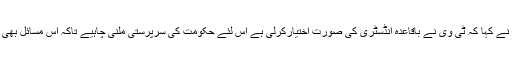
ماریہ واسطی نے کہا کہ ٹی وی نے باقاعدہ انڈسٹری کی صورت اختیارکرلی ہے اس لئے حکومت کی سرپرستی ملنی چاہیے تاکہ اس مسائل بھی حل ہو سکیں ۔